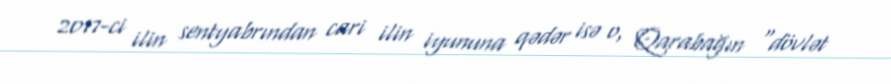
2017-ci ilin sentyabrından cari ilin iyununa qədər isə o, Qarabağın “dövlət